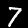
Digit: 7